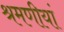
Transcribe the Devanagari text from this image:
श्रमणीयां